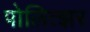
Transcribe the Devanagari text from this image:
पोलित्झर